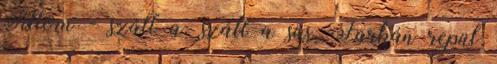
Sillom - száll a, száll a sas, Farkán repül